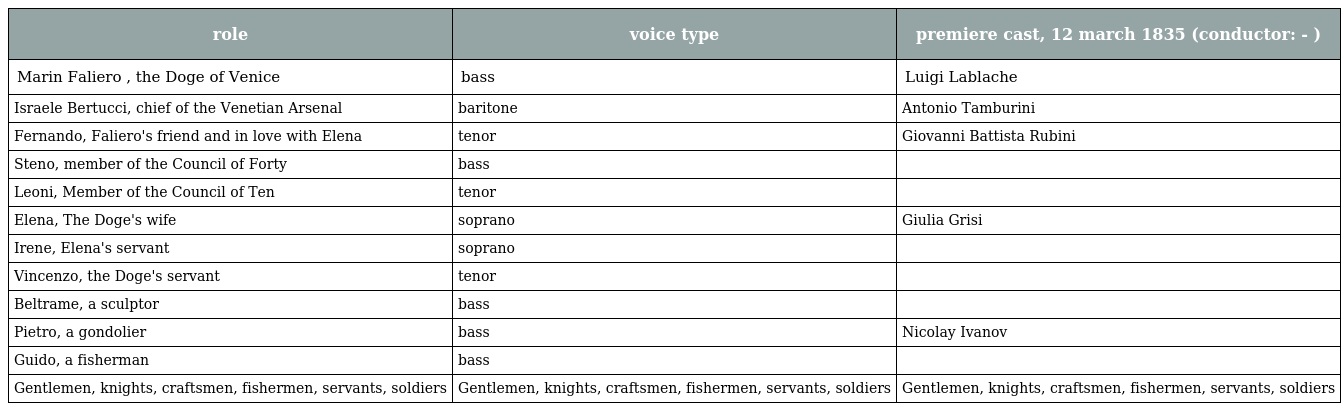
| role | voice type | premiere cast, 12 march 1835 (conductor: - ) |
 | --- | --- | --- |
 | Marin Faliero , the Doge of Venice | bass | Luigi Lablache |
 | Israele Bertucci, chief of the Venetian Arsenal | baritone | Antonio Tamburini |
 | Fernando, Faliero's friend and in love with Elena | tenor | Giovanni Battista Rubini |
 | Steno, member of the Council of Forty | bass |  |
 | Leoni, Member of the Council of Ten | tenor |  |
 | Elena, The Doge's wife | soprano | Giulia Grisi |
 | Irene, Elena's servant | soprano |  |
 | Vincenzo, the Doge's servant | tenor |  |
 | Beltrame, a sculptor | bass |  |
 | Pietro, a gondolier | bass | Nicolay Ivanov |
 | Guido, a fisherman | bass |  |
 | Gentlemen, knights, craftsmen, fishermen, servants, soldiers | Gentlemen, knights, craftsmen, fishermen, servants, soldiers | Gentlemen, knights, craftsmen, fishermen, servants, soldiers |